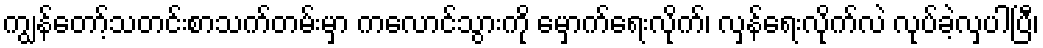
ကျွန်တော့်သတင်းစာသက်တမ်းမှာ ကလောင်သွားကို မှောက်ရေးလိုက်၊ လှန်ရေးလိုက်လဲ လုပ်ခဲ့လှပါပြီ၊